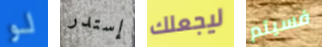
لو إستدر ليجعلك فسيتم